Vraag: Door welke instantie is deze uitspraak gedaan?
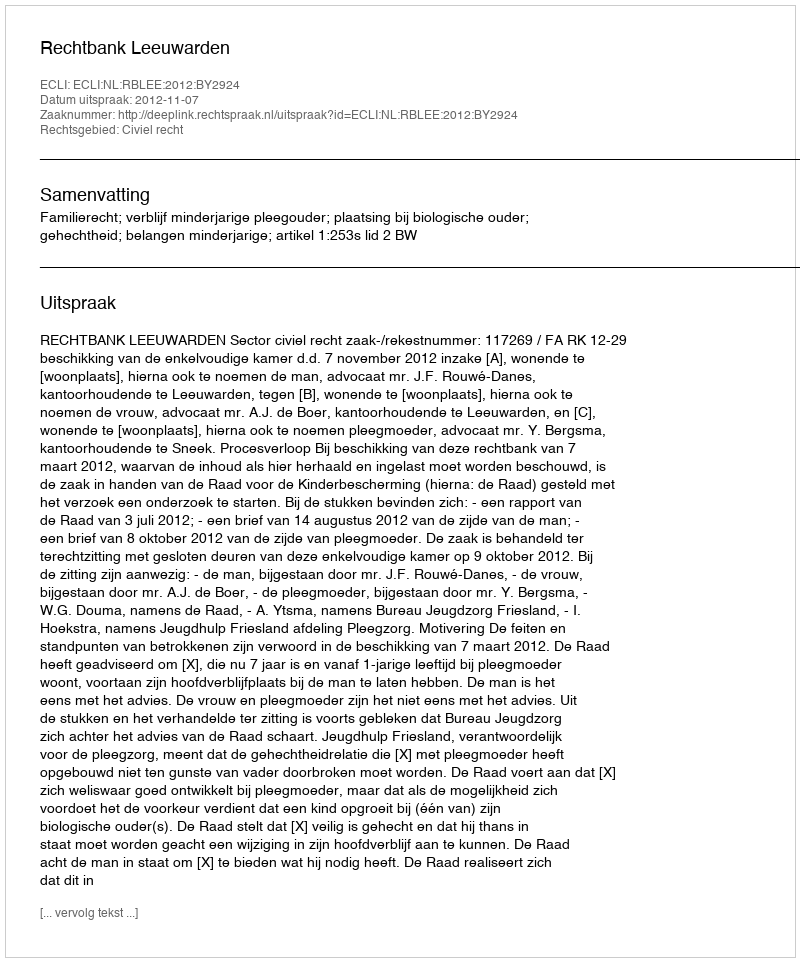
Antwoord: Rechtbank Leeuwarden